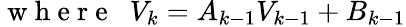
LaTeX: \mathrm{~w~h~e~r~e~\; ~}V_{k}=A_{k-1}V_{k-1}+B_{k-1}